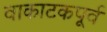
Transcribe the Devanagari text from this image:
वाकाटकपूर्व